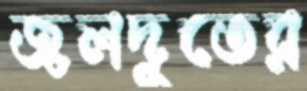
জলদূতের